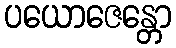
ပယောဇေန္တော